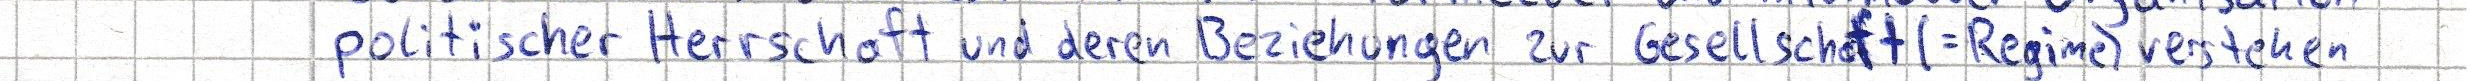
politischer Herrschaft und deren Beziehungen zur Gesellschaft (=Regime) verstehen